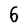
Character: 6